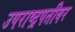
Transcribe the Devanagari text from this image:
उपराष्ट्रपतीवर